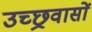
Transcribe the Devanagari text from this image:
उच्छ्रवासों